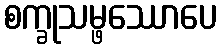
စက္ခုသမ္ဖဿောပေ